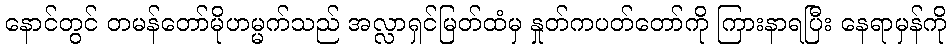
နောင်တွင် တမန်တော်မိုဟမ္မက်သည် အလ္လာရှင်မြတ်ထံမှ နှုတ်ကပတ်တော်ကို ကြားနာရပြီး နေရာမှန်ကို